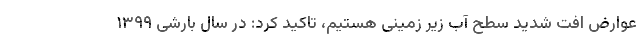
عوارض افت شدید سطح آب زیر زمینی هستیم، تاکید کرد: در سال بارشی ۱۳۹۹